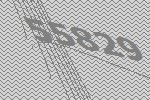
55829